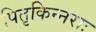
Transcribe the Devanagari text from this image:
पितृकिन्नराः